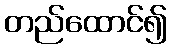
တည်ထောင်၍